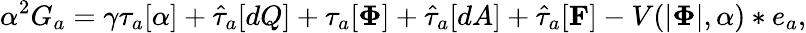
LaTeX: \alpha^{2}G_{a}=\gamma\tau_{a}[\alpha]+\hat{\tau}_{a}[dQ]+\tau_{a}[{\mathbf\Phi}]+\hat{\tau}_{a}[dA]+\hat{\tau}_{a}[{\mathbf F}]-V(|{\mathbf\Phi}|,\alpha)*e_{a},